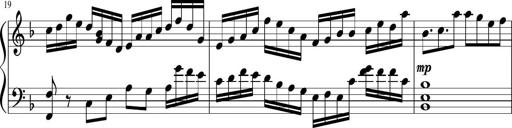
Title: Sonatina in F major
Composer: Ethan Ngo
Key: F major